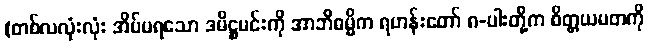
(တစ်လလုံးလုံး အိပ်မရသော ဒမိဋ္ဌမင်းကို အာဘိဓမ္မိက ရဟန်းတော် ၈-ပါးတို့က စိတ္တယမတကို